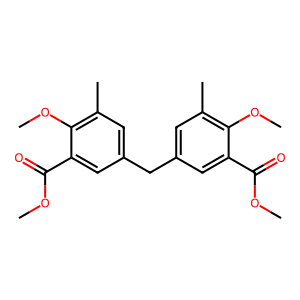
SMILES: COC(=O)c1cc(Cc2cc(C)c(OC)c(C(=O)OC)c2)cc(C)c1OC
Inhibits HIV replication: No